Vaccination in the Punjab 1919-1929 - 1919-1929
Year: 1919
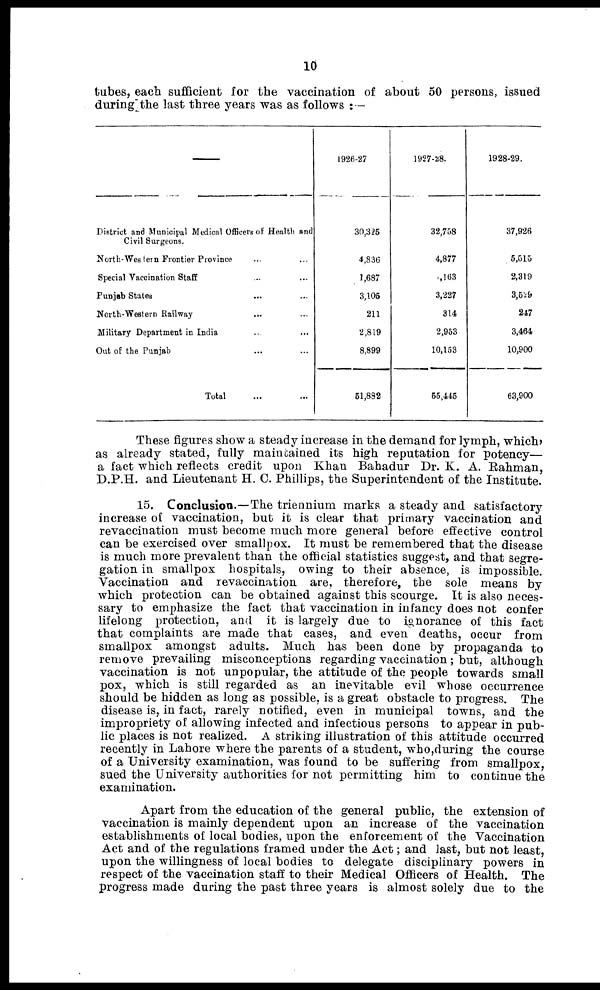
10
tubes, each sufficient for the vaccination of about 50 persons, issued
during the last three years was as follows :—
District and Municipal Medical Officers of Health and
Civil Surgeons. ... ...
North-Western Frontier Province ... ...
Special Vaccination Staff ... ...
Punjab States ... ...
North-Western Railway ... ...
Military Department in India ... ...
Out of the Punjab ... ...
Total ... ...
1926-27
30,325
4,836
1,687
3,105
211
2,819
8,899
51,882
1927-28.
32,758
4,877
1,163
3,227
314
2,953
10,153
55,445
1928-29.
37,926
5,515
2,319
3,529
247
3,464
10,900
63,900
These figures show a steady increase in the demand for lymph, which,
as already stated, fully maintained its high reputation for potency—
a fact which reflects credit upon Khan Bahadur Dr. K. A. Rahman,
D.P.H. and Lieutenant H. C. Phillips, the Superintendent of the Institute.
15. Conclusion.—The triennium marks a steady and satisfactory
increase of vaccination, but it is clear that primary vaccination and
revaccination must become much more general before effective control
can be exercised over smallpox. It must be remembered that the disease
is much more prevalent than the official statistics suggest, and that segre-
gation in smallpox hospitals, owing to their absence, is impossible.
Vaccination and revaccination are, therefore, the sole means by
which protection can be obtained against this scourge. It is also neces-
sary to emphasize the fact that vaccination in infancy does not confer
lifelong protection, and it is largely due to ignorance of this fact
that complaints are made that cases, and even deaths, occur from
smallpox amongst adults. Much has been done by propaganda to
remove prevailing misconceptions regarding vaccination; but, although
vaccination is not unpopular, the attitude of the people towards small
pox, which is still regarded as an inevitable evil whose occurrence
should be hidden as long as possible, is a great obstacle to progress. The
disease is, in fact, rarely notified, even in municipal towns, and the
impropriety of allowing infected and infectious persons to appear in pub-
lic places is not realized. A striking illustration of this attitude occurred
recently in Lahore where the parents of a student, who,during the course
of a University examination, was found to be suffering from smallpox,
sued the University authorities for not permitting him to continue the
examination.
Apart from the education of the general public, the extension of
vaccination is mainly dependent upon an increase of the vaccination
establishments of local bodies, upon the enforcement of the Vaccination
Act and of the regulations framed under the Act; and last, but not least,
upon the willingness of local bodies to delegate disciplinary powers in
respect of the vaccination staff to their Medical Officers of Health. The
progress made during the past three years is almost solely due to the